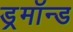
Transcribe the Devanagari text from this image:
ड्रमॉन्ड